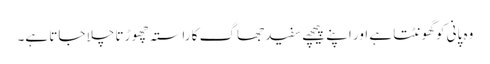
وہ پانی کو گھونٹتا ہے اور اپنے پیچھے سفید جھاگ کا راستہ چھو ڑتا چلا جاتا ہے۔